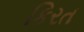
કિરત